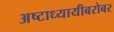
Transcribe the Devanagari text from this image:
अष्टाध्यायीबरोबर